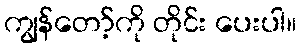
ကျွန်တော့်ကို တိုင်း ပေးပါ။